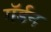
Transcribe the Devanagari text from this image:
गॅर्डन